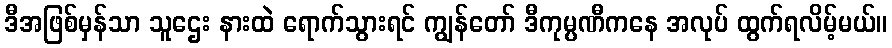
ဒီအဖြစ်မှန်သာ သူဌေး နားထဲ ရောက်သွားရင် ကျွန်တော် ဒီကုမ္ပဏီကနေ အလုပ် ထွက်ရလိမ့်မယ်။